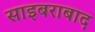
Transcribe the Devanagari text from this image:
साइबराबाद